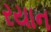
રયાન